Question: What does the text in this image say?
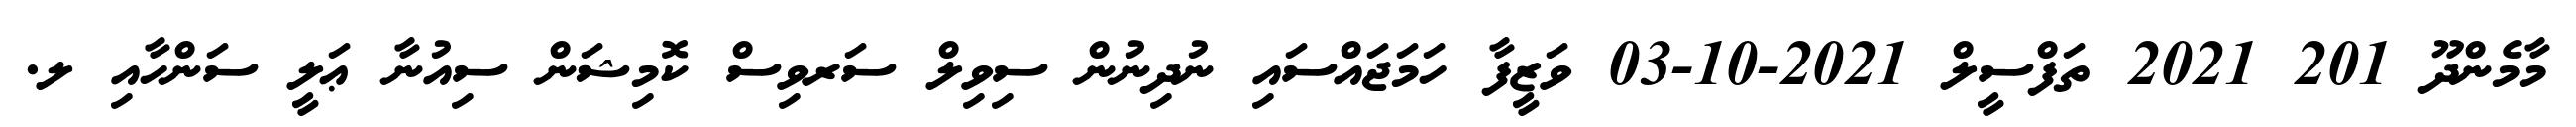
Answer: މާމެންދޫ 201 2021 ތަފްސީލް 2021-10-03 ވަޒީފާ ހަމަޖައްސައި ނުދިނުން ސިވިލް ސަރވިސް ކޮމިޝަން ސިއުނާ ޢަލީ ސަންހާއި ލ.